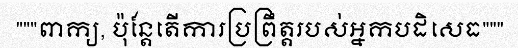
"""ពាក្យ, ប៉ុន្តែតើការប្រព្រឹត្តរបស់អ្នកបដិសេធ"""